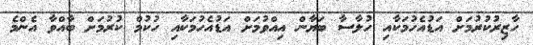
ހާޒިރުކުރުމަށް އަޑުއެހުމަކާއި ހުލާސާ ބަޔާން އިއްވުމަށް އަޑުއެހުމަކާއި ހުކުމް ކުރުމަށް ބާއްވާ އެންމެ